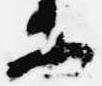
等